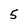
Character: 5